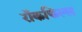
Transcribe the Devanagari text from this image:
रॉकफिल्ल